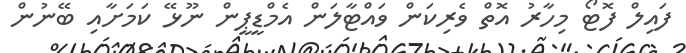
ފައިލް ފޮޓޯ މިހާރު އޮތް ވެރިކަން ވައްޓާލަން އެމްޑީޕީން ނޫޅޭ ކަމަށާއި ބޭނުން